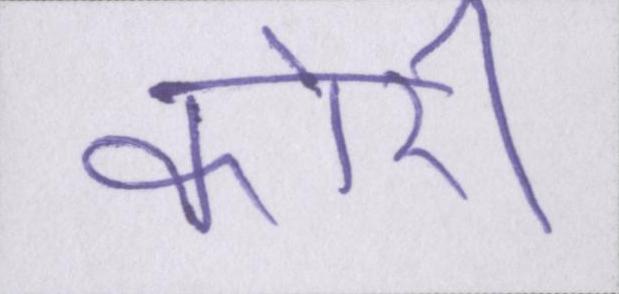
कोरी